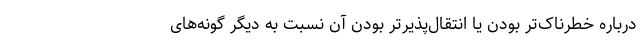
درباره خطرناک‌تر بودن یا انتقال‌پذیرتر بودن آن نسبت به دیگر گونه‌های